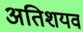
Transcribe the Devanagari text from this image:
अतिशयव